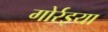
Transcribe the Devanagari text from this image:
गोर्रइया